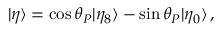
| \eta \rangle = \cos \theta _ { P } | \eta _ { 8 } \rangle - \sin \theta _ { P } | \eta _ { 0 } \rangle \, ,